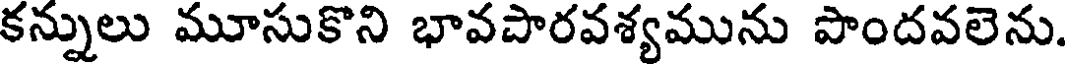
కన్నులు మూసుకొని భావపారవశ్యమును పొందవలెను.